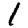
Digit: 1